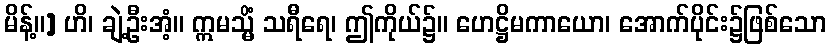
မိန့်။] ဟိ၊ ချဲ့ဦးအံ့။ ဣမသ္မိံ သရီရေ၊ ဤကိုယ်၌။ ဟေဋ္ဌိမကာယော၊ အောက်ပိုင်း၌ဖြစ်သော